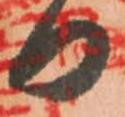
日